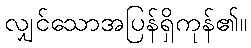
လျှင်သောအပြန်ရှိကုန်၏။